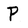
Character: P